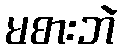
မစားဘဲ